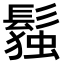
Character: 𬴭